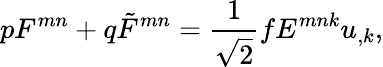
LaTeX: pF^{mn}+q\tilde{F}^{mn}=\frac{1}{\sqrt 2}fE^{mnk}u_{,k},